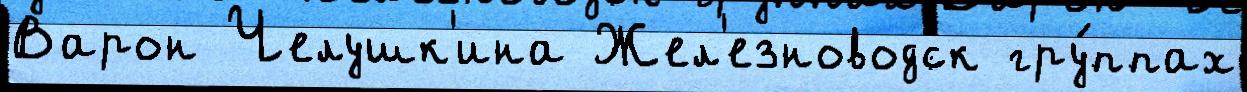
Варон Челушк'ина Жел'езноводск гру́ппах